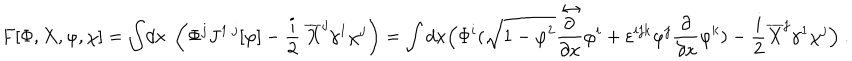
LaTeX: F [ \Phi , X , \varphi , \chi ] = \int \! d x \; \left( \Phi ^ { j } J ^ { 1 ~ j } [ \varphi ] - \frac i 2 ~ \overline { { X } } ^ { j } \gamma ^ { 1 } \chi ^ { j } \right) = \int d x \Bigl ( \Phi ^ { i } ( \sqrt { 1 - { \varphi } ^ { 2 } } \frac { \stackrel { \leftrightarrow } { \partial } } { \partial x } \varphi ^ { i } + \varepsilon ^ { i j k } \varphi ^ { j } \frac \partial { \partial x } \varphi ^ { k } ) - \frac i 2 \overline { { X } } ^ { j } \gamma ^ { 1 } \chi ^ { j } \Bigr ) ~ .